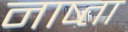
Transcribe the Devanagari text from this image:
नाष्ता